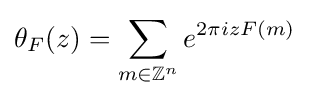
\theta _{F}(z)=\sum _{m\in \mathbb {Z} ^{n}}e^{2\pi izF(m)}